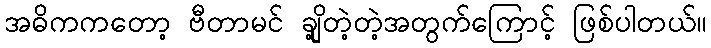
အဓိကကတော့ ဗီတာမင် ချို့တဲ့တဲ့အတွက်ကြောင့် ဖြစ်ပါတယ်။